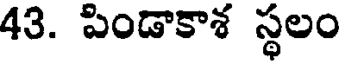
43. పిండాకాశ స్థలం